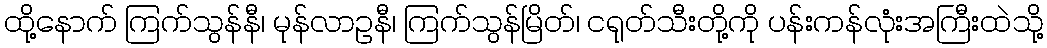
ထို့နောက် ကြက်သွန်နီ၊ မုန်လာဥနီ၊ ကြက်သွန်မြိတ်၊ ငရုတ်သီးတို့ကို ပန်းကန်လုံးအကြီးထဲသို့